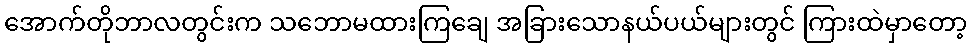
အောက်တိုဘာလတွင်းက သဘောမထားကြချေ အခြားသောနယ်ပယ်များတွင် ကြားထဲမှာတော့